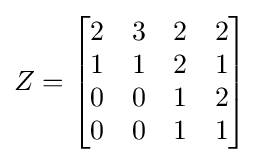
Z={\begin{bmatrix}2&3&2&2\\1&1&2&1\\0&0&1&2\\0&0&1&1\end{bmatrix}}